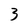
Character: 3